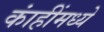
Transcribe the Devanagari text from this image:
कांहींमध्ये